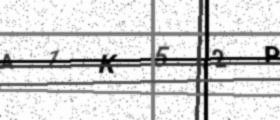
Text: A1K52P